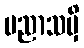
ပညာသမှိ